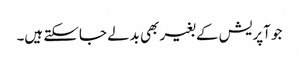
جو آپریش کے بغیر بھی بدلے جاسکتے ہیں۔